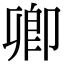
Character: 卿